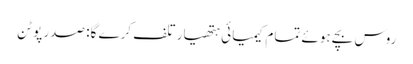
روس بچے ہوئے تمام کیمیائی ہتھیار تلف کرے گا: صدر پوٹن